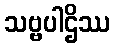
သဗ္ဗပါဌိဿ